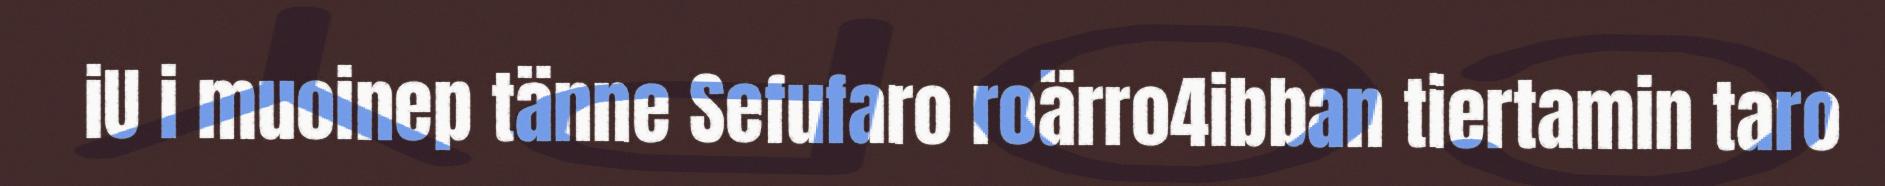
iU i muoinep tänne Sefufaro roärro4ibban tiertamin taro